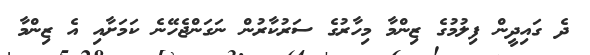
ދެ ގައިދީން ފިލުމުގެ ޒިންމާ މިހާރުގެ ސަރުކާރުން ނަގަންޖެހޭނެ ކަމަށާއި އެ ޒިންމާ